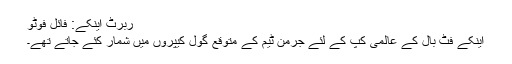
ربرٹ اینکے: فائل فوٹو
اینکے فٹ بال کے عالمی کپ کے لئے جرمن ٹیم کے متوقع گول کیپروں میں شمار کئے جاتے تھے۔